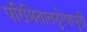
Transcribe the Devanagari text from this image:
परिमितातनुरेषापुरी